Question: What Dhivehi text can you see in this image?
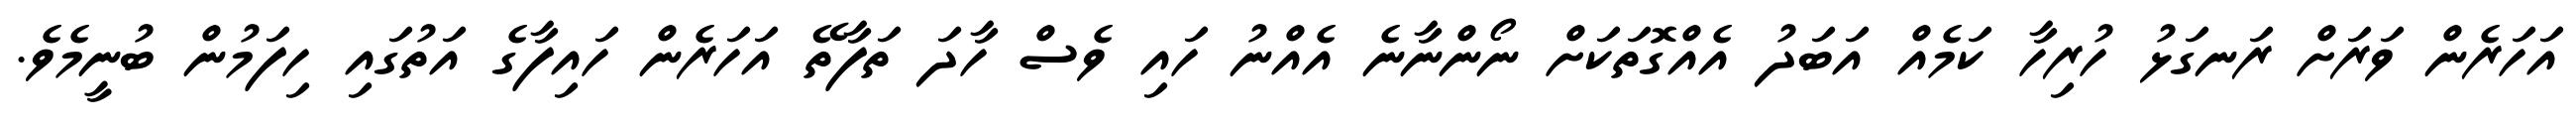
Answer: އަހަރެން ވަރަށް ރަނގަޅު ހުރިހާ ކަމެއް އަބަދު އެއްގޮތަކަށް ނޯންނާނެ އެއްނު ހައި ވެސް ހާދަ ތަފާތޭ އަހަރެން ހައިފާގެ އަތުގައި ހިފަމުން ބުނީމެވެ.